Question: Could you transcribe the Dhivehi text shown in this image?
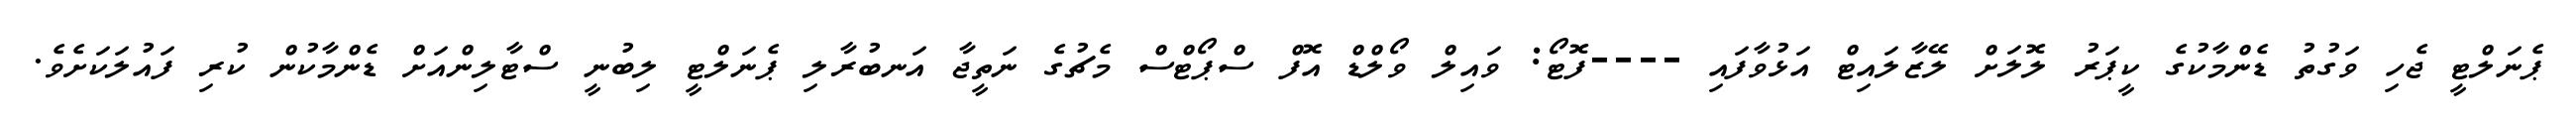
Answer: ޕެނަލްޓީ ޖެހި ވަގުތު ޑެންމާކުގެ ކީޕަރު ލޮލަށް ލޭޒާލައިޓް އަޅުވާފައި ----ފޮޓޯ: ވައިލް ވޯލްޑް އޮފް ސްޕޯޓްސް މެޗުގެ ނަތީޖާ އަނބުރާލި ޕެނަލްޓީ ލިބުނީ ސްޓާލިންއަށް ޑެންމާކުން ކުރި ފައުލަކަށެވެ.